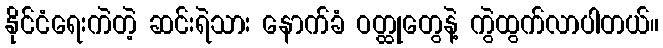
နိုင်ငံရေးကဲတဲ့ ဆင်းရဲသား နောက်ခံ ဝတ္ထုတွေနဲ့ ကွဲထွက်လာပါတယ်။